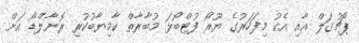
ޕޯޗުގަލް އާއި އެކު މިފަހަރުގެ ޔޫރޯ ފުޓްބޯޅަ މުބާރާތް ކާމިޔާބުކުރި ރޮނާލްޑޯ އަށް